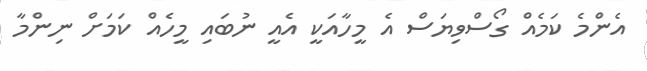
އެންމެ ކަމެއް ގޯސްވިޔަސް އެ މީހާއަކީ އެއީ ނުބައި މީހެއް ކަމަށް ނިންމާ